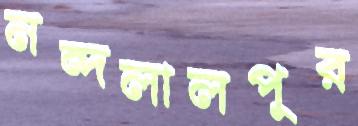
নন্দলালপুর